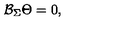
\mathcal { B } _ { \Sigma } \Theta = 0 ,